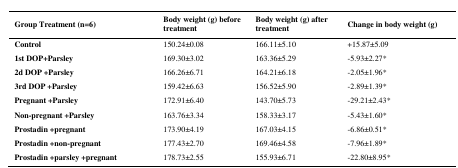
| Group Treatment (n=6) | Body weight (g) before treatment | Body weight (g) after treatment | Change in body weight (g) |
 | --- | --- | --- | --- |
 | Control | 150.24±0.08 | 166.11±5.10 | +15.87±5.09 |
 | 1st DOP+Parsley | 169.30±3.02 | 163.36±5.29 | -5.93±2.27* |
 | 2d DOP +Parsley | 166.26±6.71 | 164.21±6.18 | -2.05±1.96* |
 | 3rd DOP +Parsley | 159.42±6.63 | 156.52±5.90 | -2.89±1.39* |
 | Pregnant +Parsley | 172.91±6.40 | 143.70±5.73 | -29.21±2.43* |
 | Non-pregnant +Parsley | 163.76±3.34 | 158.33±3.17 | -5.43±1.60* |
 | Prostadin +pregnant | 173.90±4.19 | 167.03±4.15 | -6.86±0.51* |
 | Prostadin +non-pregnant | 177.43±2.70 | 169.46±4.58 | -7.96±1.89* |
 | Prostadin +parsley +pregnant | 178.73±2.55 | 155.93±6.71 | -22.80±8.95* |